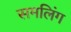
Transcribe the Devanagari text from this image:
समलिंग